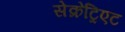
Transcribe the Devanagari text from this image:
सेक्रेट्रिएट